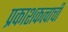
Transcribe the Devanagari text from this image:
प्रकाशकत्वाची